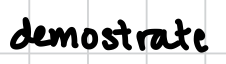
Text: demonstrate
Cross-out: clean
Writing tool: digital_black